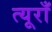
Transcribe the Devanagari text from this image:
त्यूराँ